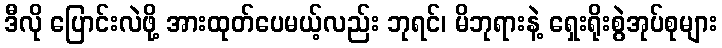
ဒီလို ပြောင်းလဲဖို့ အားထုတ်ပေမယ့်လည်း ဘုရင်၊ မိဘုရားနဲ့ ရှေးရိုးစွဲအုပ်စုများ